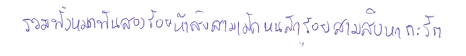
รวมทั้งหมดพันสองร้อยห้าสิบสามเม็ดหนสักร้อยสามสิบหกกะรัต